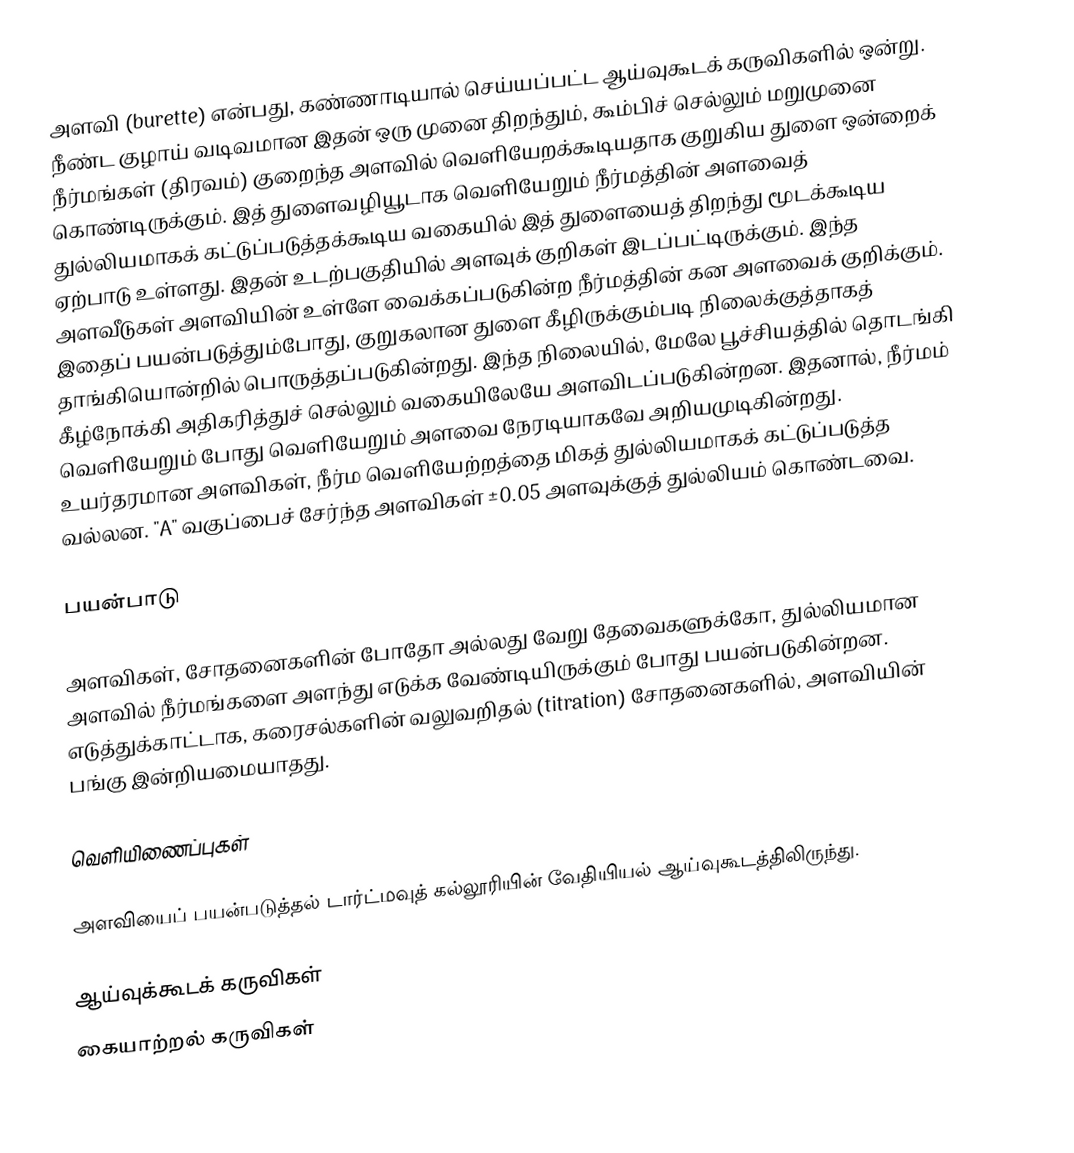
அளவி (burette) என்பது, கண்ணாடியால் செய்யப்பட்ட ஆய்வுகூடக் கருவிகளில் ஒன்று. நீண்ட குழாய் வடிவமான இதன் ஒரு முனை திறந்தும், கூம்பிச் செல்லும் மறுமுனை நீர்மங்கள் (திரவம்) குறைந்த அளவில் வெளியேறக்கூடியதாக குறுகிய துளை ஒன்றைக் கொண்டிருக்கும். இத் துளைவழியூடாக வெளியேறும் நீர்மத்தின் அளவைத் துல்லியமாகக் கட்டுப்படுத்தக்கூடிய வகையில் இத் துளையைத் திறந்து மூடக்கூடிய ஏற்பாடு உள்ளது. இதன் உடற்பகுதியில் அளவுக் குறிகள் இடப்பட்டிருக்கும். இந்த அளவீடுகள் அளவியின் உள்ளே வைக்கப்படுகின்ற நீர்மத்தின் கன அளவைக் குறிக்கும். இதைப் பயன்படுத்தும்போது, குறுகலான துளை கீழிருக்கும்படி நிலைக்குத்தாகத் தாங்கியொன்றில் பொருத்தப்படுகின்றது. இந்த நிலையில், மேலே பூச்சியத்தில் தொடங்கி கீழ்நோக்கி அதிகரித்துச் செல்லும் வகையிலேயே அளவிடப்படுகின்றன. இதனால், நீர்மம் வெளியேறும் போது வெளியேறும் அளவை நேரடியாகவே அறியமுடிகின்றது. உயர்தரமான அளவிகள், நீர்ம வெளியேற்றத்தை மிகத் துல்லியமாகக் கட்டுப்படுத்த வல்லன. "A" வகுப்பைச் சேர்ந்த அளவிகள் ±0.05 அளவுக்குத் துல்லியம் கொண்டவை.

பயன்பாடு

அளவிகள், சோதனைகளின் போதோ அல்லது வேறு தேவைகளுக்கோ, துல்லியமான அளவில் நீர்மங்களை அளந்து எடுக்க வேண்டியிருக்கும் போது பயன்படுகின்றன. எடுத்துக்காட்டாக, கரைசல்களின் வலுவறிதல் (titration) சோதனைகளில், அளவியின் பங்கு இன்றியமையாதது.

வெளியிணைப்புகள்

அளவியைப் பயன்படுத்தல்  டார்ட்மவுத் கல்லூரியின் வேதியியல் ஆய்வுகூடத்திலிருந்து.

ஆய்வுக்கூடக் கருவிகள்
கையாற்றல் கருவிகள்